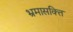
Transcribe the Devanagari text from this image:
भ्रमासक्‍ति